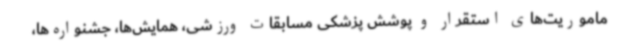
ماموریت‌های استقرار و پوشش پزشکی مسابقات ورزشی، همایش‌ها، جشنواره‌ها،